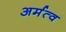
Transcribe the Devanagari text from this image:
अर्मत्व